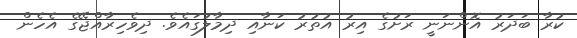
ކުރާ ބަދަރު އޮންނަނީ ރަށުގެ އިރު އުތުރު ކަނާއި ދިމާލުގައެވެ. ދިވެހިރާއްޖޭގެ އެހެން